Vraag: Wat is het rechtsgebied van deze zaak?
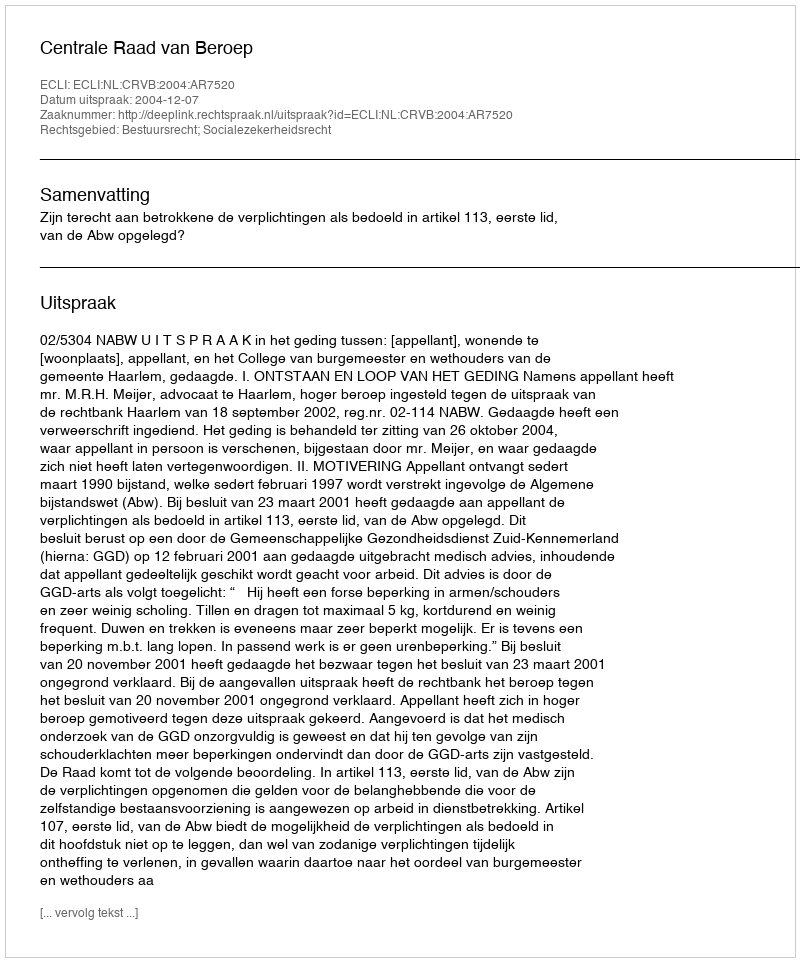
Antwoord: Bestuursrecht; Socialezekerheidsrecht